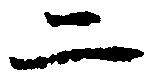
二